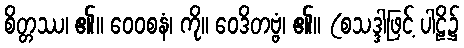
စိတ္တဿ၊ ၏။ ဝေဝစနံ၊ ကို။ ဝေဒိတဗ္ဗံ၊ ၏။ (စသဒ္ဒါဖြင့် ပါဠိ၌